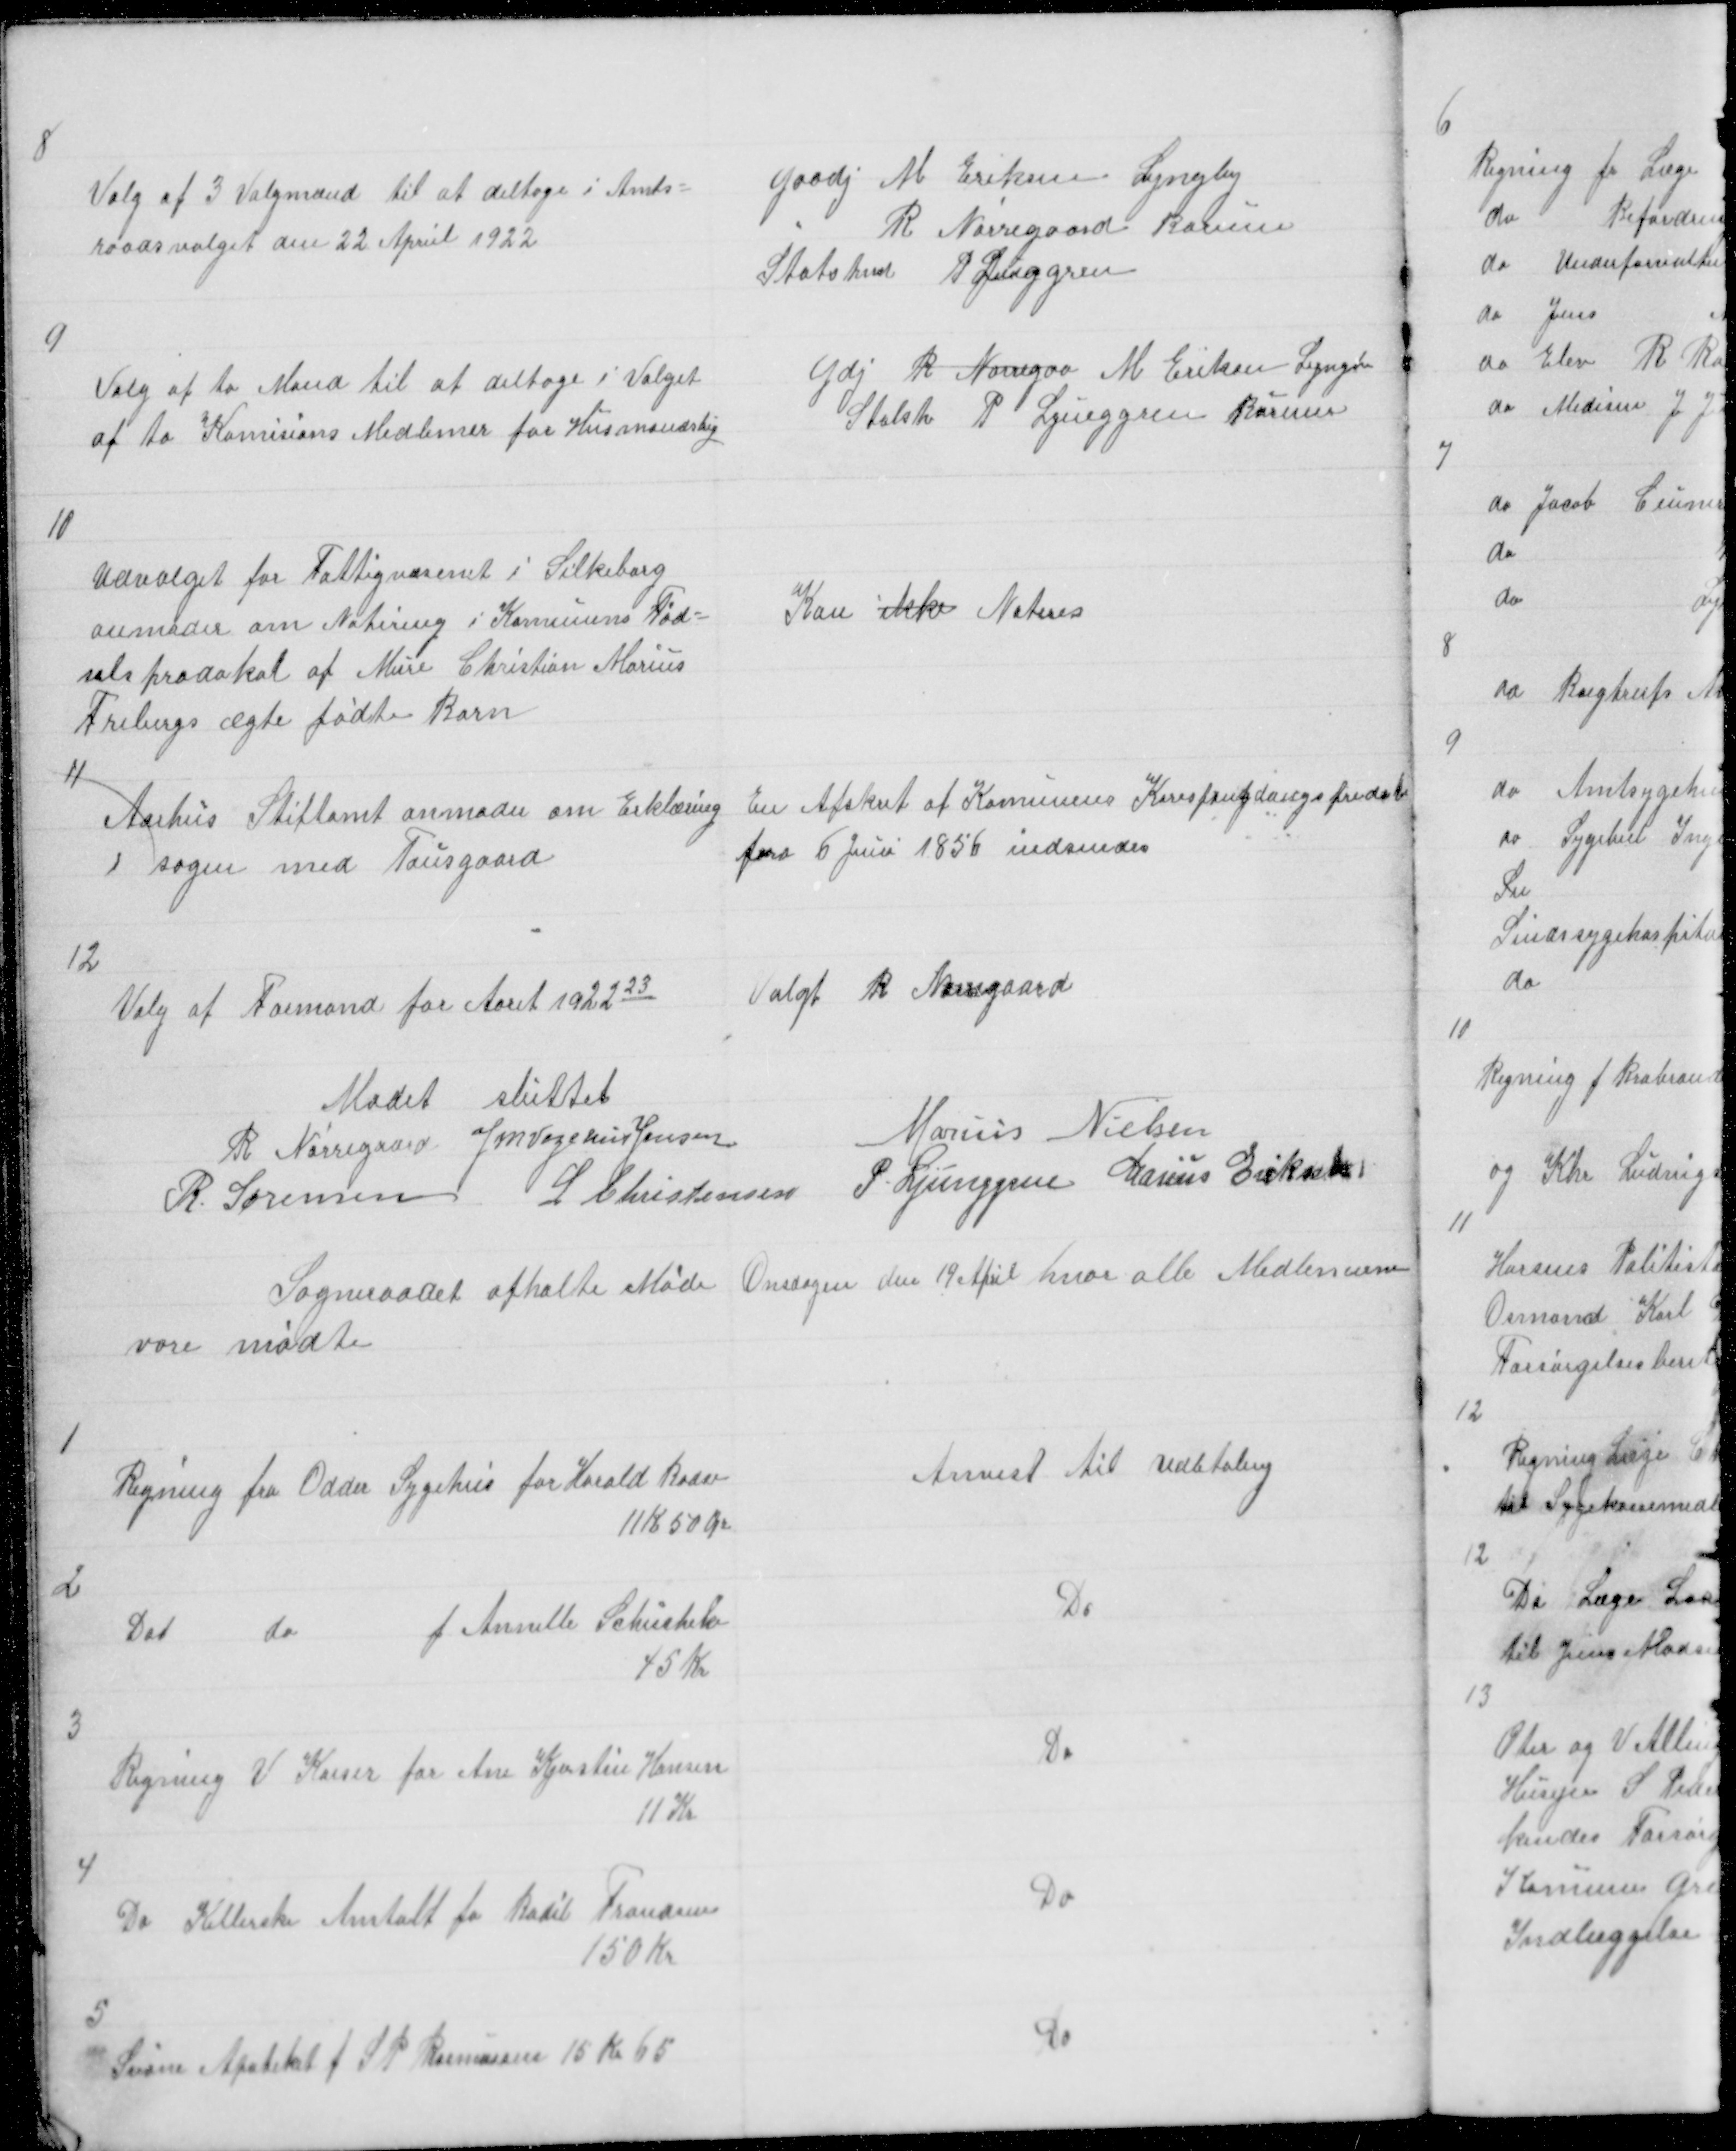
Transskription:
8

Valg af 3 Valgmænd til at deltage i Amts=
raadsvalget den 22 Apriel 1922

Gaadj M Eriksen Lyngby
" R Nørregaard Borum
Statshmd P Ljunggren

9

Valg af to Mand til at deltage i Valget
af to Komisions Medlemer for Husmandsbrg

Gdj R Nørregaa M Eriksen Lyngby
Statsh P Ljunggren Borum

10

Udvalget for Fattigvæsenet i Silkeborg
anmoder om Notering i Komunens Fød=
selsprodokol af Mure Christian Marius
Frebergs ægte fødte Barn

Kan ikke Noteres

11

Aarhus Stiftamt anmoder om Erklæring
i Sagen med Tousgaard

En Afskrit af Komunens Korespongdangsprodo
fra 6 Juni 1856 indsendes

12

Valg af Formand for Aaret 192223

Valgt R Nørregaard

Mødet sluttet
R Nørregaard J M Vogelius Jensen
Marius Nielsen
R Sørensen L Christensen P Ljunggren Marius Eriksen

Sogneraadet afholte Møde Onsdagen den 19 April hvor alle Medlemerne
vare mødte

1

Regning fra Odder Sygehus for Harald Bodar
11 K 50 Øre

Anvist til Udbtaling

2

Dot
do
f Annelle Schuskeki
45 Kr

Do

3

Regning V Kaiser for Ane Kjerstine Hansen
11 Kr

Do

4

Do Kellerske Anstalt for Bodil Frandsen
150 Kr

Do

5

Svane Apoteket for S P Rasmussen 15 Kr 65

Do